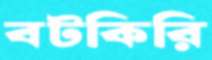
বটকিরি